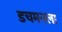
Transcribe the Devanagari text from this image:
डचमनला